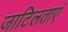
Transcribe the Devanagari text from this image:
जाटिलताएं